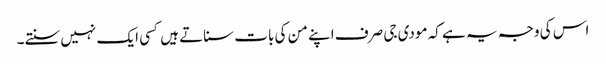
اس کی وجہ یہ ہے کہ مودی جی صرف اپنے من کی بات سناتے ہیں کسی ایک نہیں سنتے۔